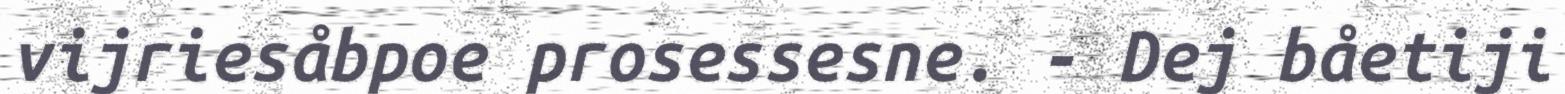
vijriesåbpoe prosessesne. - Dej båetiji